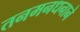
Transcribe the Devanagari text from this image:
तनमनधनाने